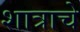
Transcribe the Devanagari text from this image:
शात्राचे